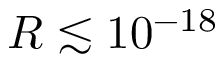
R \lesssim 1 0 ^ { - 1 8 }